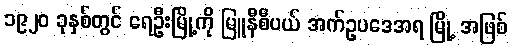
၁၉၂၀ ခုနှစ်တွင် ရေဦးမြို့ကို မြူနီစီပယ် အက်ဥပဒေအရ မြို့ အဖြစ်